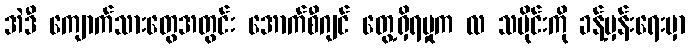
အဲဒီ ကျောက်သားတွေအတွင်း အောက်စီဂျင် တွေ့ရှိရမှုက လ သမိုင်းကို ခန့်မှန်းရေးမှာ